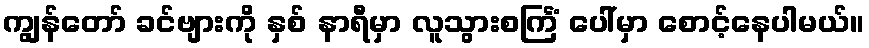
ကျွန်တော် ခင်ဗျားကို နှစ် နာရီမှာ လူသွားစင်္ကြံ ပေါ်မှာ စောင့်နေပါမယ်။